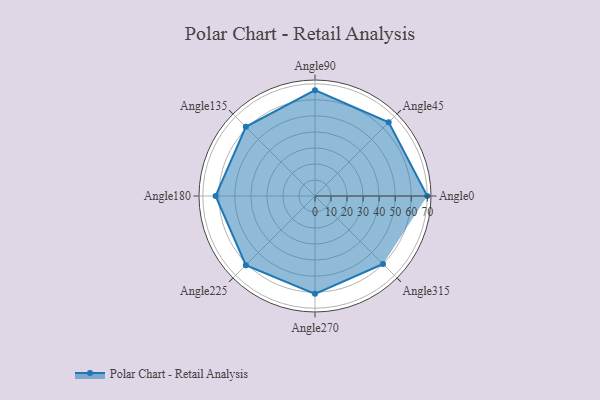
{"axis": {"x": "Angle", "y": "Radius"}, "legend": [""], "data": [{"x": "Angle0", "y": 70.0, "type": ""}, {"x": "Angle45", "y": 65.0, "type": ""}, {"x": "Angle90", "y": 66.0, "type": ""}, {"x": "Angle135", "y": 61.0, "type": ""}, {"x": "Angle180", "y": 62.0, "type": ""}, {"x": "Angle225", "y": 61.0, "type": ""}, {"x": "Angle270", "y": 61.0, "type": ""}, {"x": "Angle315", "y": 60.0, "type": ""}]}